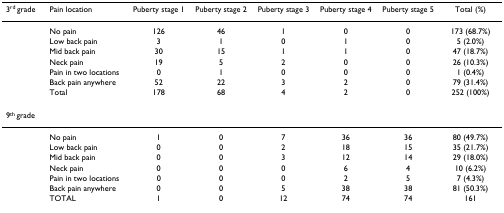
<table><thead><tr><td><b>3<sup>rd </sup>grade</b></td><td><b>Pain location</b></td><td><b>Puberty stage 1</b></td><td><b>Puberty stage 2</b></td><td><b>Puberty stage 3</b></td><td><b>Puberty stage 4</b></td><td><b>Puberty stage 5</b></td><td><b>Total (%)</b></td></tr></thead><tbody><tr><td></td><td>No pain</td><td>126</td><td>46</td><td>1</td><td>0</td><td>0</td><td>173 (68.7%)</td></tr><tr><td></td><td>Low back pain</td><td>3</td><td>1</td><td>0</td><td>1</td><td>0</td><td>5 (2.0%)</td></tr><tr><td></td><td>Mid back pain</td><td>30</td><td>15</td><td>1</td><td>1</td><td>0</td><td>47 (18.7%)</td></tr><tr><td></td><td>Neck pain</td><td>19</td><td>5</td><td>2</td><td>0</td><td>0</td><td>26 (10.3%)</td></tr><tr><td></td><td>Pain in two locations</td><td>0</td><td>1</td><td>0</td><td>0</td><td>0</td><td>1 (0.4%)</td></tr><tr><td></td><td>Back pain anywhere</td><td>52</td><td>22</td><td>3</td><td>2</td><td>0</td><td>79 (31.4%)</td></tr><tr><td></td><td>Total</td><td>178</td><td>68</td><td>4</td><td>2</td><td>0</td><td>252 (100%)</td></tr><tr><td>9<sup>th </sup>grade</td><td></td><td></td><td></td><td></td><td></td><td></td><td></td></tr><tr><td></td><td>No pain</td><td>1</td><td>0</td><td>7</td><td>36</td><td>36</td><td>80 (49.7%)</td></tr><tr><td></td><td>Low back pain</td><td>0</td><td>0</td><td>2</td><td>18</td><td>15</td><td>35 (21.7%)</td></tr><tr><td></td><td>Mid back pain</td><td>0</td><td>0</td><td>3</td><td>12</td><td>14</td><td>29 (18.0%)</td></tr><tr><td></td><td>Neck pain</td><td>0</td><td>0</td><td>0</td><td>6</td><td>4</td><td>10 (6.2%)</td></tr><tr><td></td><td>Pain in two locations</td><td>0</td><td>0</td><td>0</td><td>2</td><td>5</td><td>7 (4.3%)</td></tr><tr><td></td><td>Back pain anywhere</td><td>0</td><td>0</td><td>5</td><td>38</td><td>38</td><td>81 (50.3%)</td></tr><tr><td></td><td>TOTAL</td><td>1</td><td>0</td><td>12</td><td>74</td><td>74</td><td>161</td></tr></tbody></table>